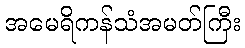
အမေရိကန်သံအမတ်ကြီး